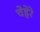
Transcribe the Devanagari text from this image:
चेहेरे